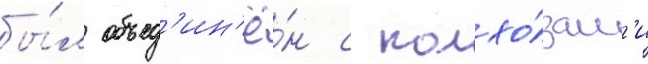
бы́л объед'ин'ё́н с колхо́зам'и